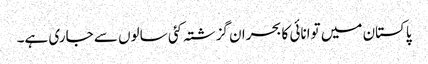
پاکستان میں توانائی کا بحران گزشتہ کئی سالوں سے جاری ہے۔